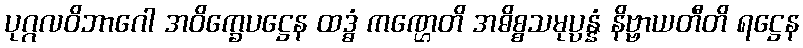
ပုဂ္ဂလဝိဘာဂေါ အဝိက္ခေပဋ္ဌေန ထဒ္ဓံ ကဏ္ဌေတိ အဓိစ္စသမုပ္ပန္နံ နိဗ္ဗာယတီတိ ရဋ္ဌေန